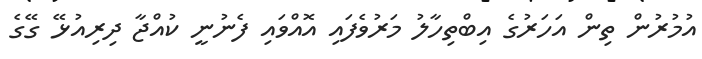
އުމުރުން ތިން އަހަރުގެ އިބްތިހާލު މަރުވެފައި އޮއްވައި ފެނުނީ ކުއްޖާ ދިރިއުޅޭ ގޭގެ